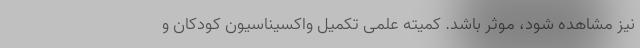
نیز مشاهده شود، موثر باشد. کمیته علمی تکمیل واکسیناسیون کودکان و